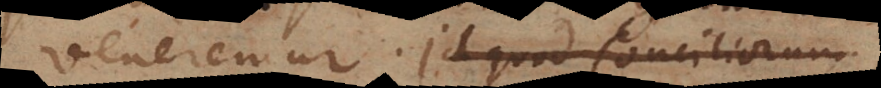
veneremur. Id quod Conciliorum